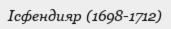
Ісфендияр (1698-1712)